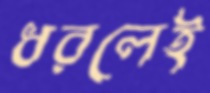
ধরলেই